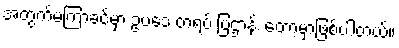
အတွက်မကြာခင်မှာ ဥပဒေ တရပ် ပြဌာန်း တော့မှာဖြစ်ပါတယ်။